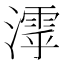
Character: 𣿋